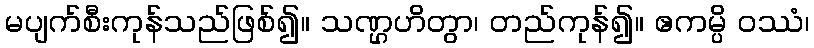
မပျက်စီးကုန်သည်ဖြစ်၍။ သဏ္ဌဟိတွာ၊ တည်ကုန်၍။ ဧကမ္ပိ ဝဿံ၊